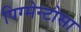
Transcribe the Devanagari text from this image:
पिग्मेन्टोसा